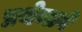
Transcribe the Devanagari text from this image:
प्रथेमागे